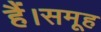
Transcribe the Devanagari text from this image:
हैं।समूह